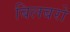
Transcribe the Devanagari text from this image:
बिलबरो